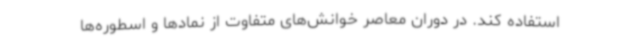
استفاده کند. در دوران معاصر خوانش‌های متفاوت از نمادها و اسطوره‌ها